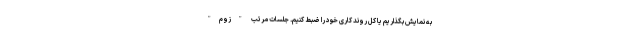
به نمایش بگذاریم یا کل روند کاری خود را ضبط کنیم. جلسات مرتب "زوم"